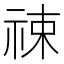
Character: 𬒶